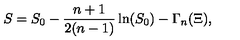
S = S _ { 0 } - \frac { n + 1 } { 2 ( n - 1 ) } \ln ( S _ { 0 } ) - \Gamma _ { n } ( \Xi ) ,